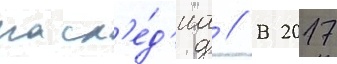
насл'е́д'иа // В 2017